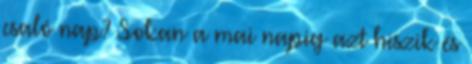
csaló nap? Sokan a mai napig azt hiszik és